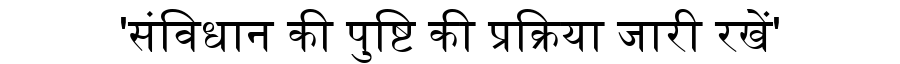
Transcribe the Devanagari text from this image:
'संविधान की पुष्टि की प्रक्रिया जारी रखें'